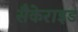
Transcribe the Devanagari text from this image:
सैकेराइड